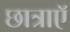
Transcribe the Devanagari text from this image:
छात्राएॅ